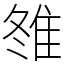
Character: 䧷